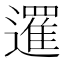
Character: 𨗴